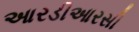
આરડીઆરસી